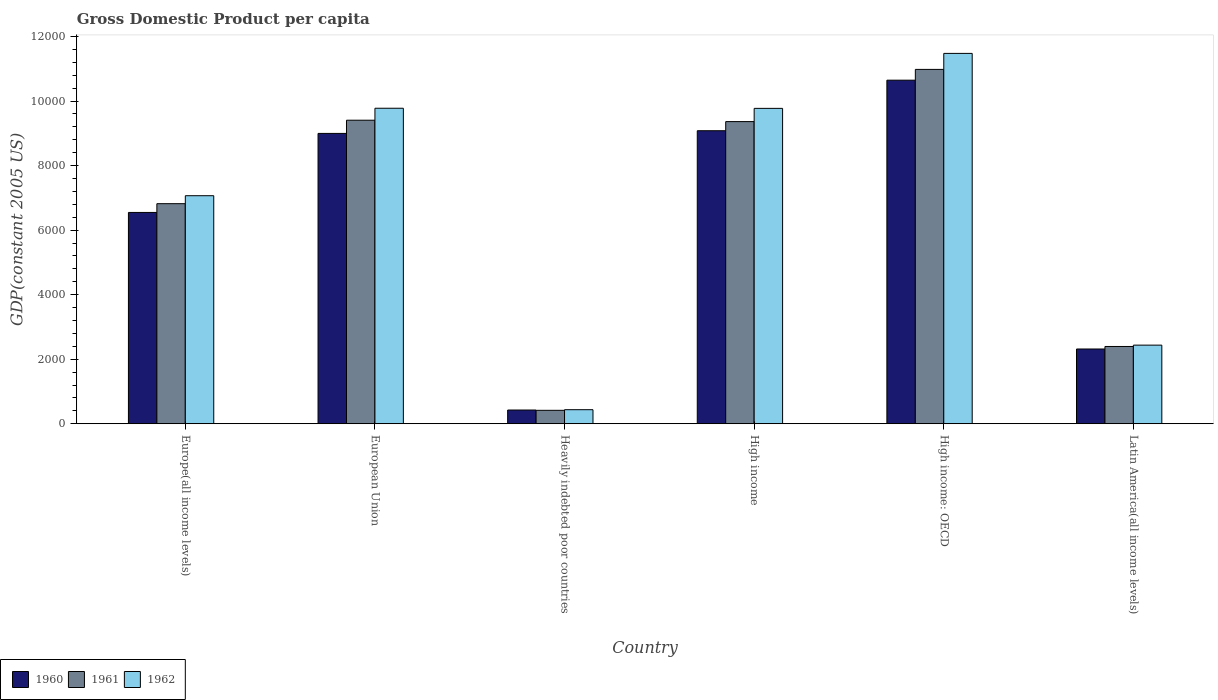
| Country | 1960 | 1961 | 1962 |
 | --- | --- | --- | --- |
 | Europe(all income levels) | 6.55e+03 | 6.82e+03 | 7.07e+03 |
 | European Union | 9e+03 | 9.41e+03 | 9.78e+03 |
 | Heavily indebted poor countries | 425 | 416 | 435 |
 | High income | 9.08e+03 | 9.36e+03 | 9.77e+03 |
 | High income: OECD | 1.06e+04 | 1.1e+04 | 1.15e+04 |
 | Latin America(all income levels) | 2.32e+03 | 2.39e+03 | 2.44e+03 |